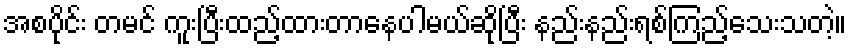
အစပိုင်း တမင် ကူးပြီးထည့်ထားတာနေပါမယ်ဆိုပြီး နည်းနည်းရစ်ကြည့်သေးသတဲ့။